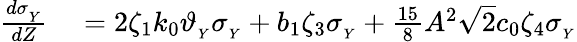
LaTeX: \begin{array}{rl}{\frac{d\sigma_{_Y}}{dZ}}&{{}=2\zeta_{1}k_{0}\vartheta_{_{Y}}\sigma_{_Y}+b_{1}\zeta_{3}\sigma_{_Y}+\frac{15}{8}A^{2}\sqrt{2}c_{0}\zeta_{4}\sigma_{_Y}}\end{array}